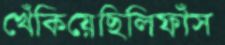
খেঁকিয়েছিলিফাঁস